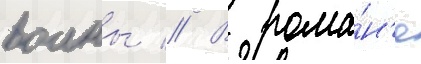
воины // В рома́н'е